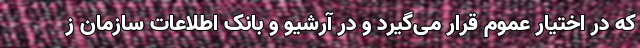
که در اختیار عموم قرار می‌گیرد و در آرشیو و بانک اطلاعات سازمان ز